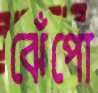
ঝেঁপো